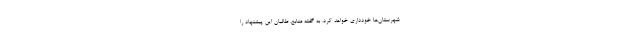
شهرستان‌ها خودداری خواهد کرد. به گفته منابع، طالبان این پیشنهاد را